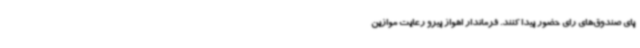
پای صندوق‌های رای حضور پیدا کنند. فرماندار اهواز پیرو رعایت موازین